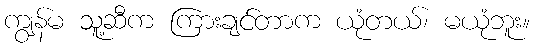
ကျွန်မ သူ့ဆီက ကြားချင်တာက ယုံတယ်၊ မယုံဘူး။